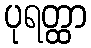
ပုရတ္ထာ